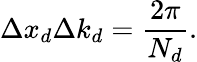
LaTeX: \Delta x_{d}\Delta k_{d}=\frac{2\pi}{N_{d}}.